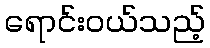
ရောင်းဝယ်သည့်